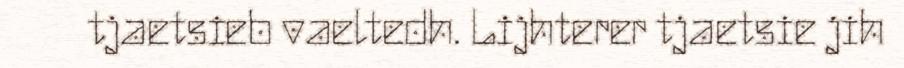
tjaetsieb vaeltedh. Lijhterer tjaetsie jih